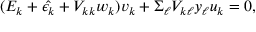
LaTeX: ( E _ { k } + \hat { \epsilon _ { k } } + V _ { k k } w _ { k } ) v _ { k } + \Sigma _ { \ell } V _ { k \ell } y _ { \ell } u _ { k } = 0 ,